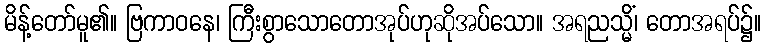
မိန့်တော်မူ၏။ ဗြကာဝနေ၊ ကြီးစွာသောတောအုပ်ဟုဆိုအပ်သော။ အရညသ္မိံ၊ တောအရပ်၌။